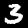
Digit: 3